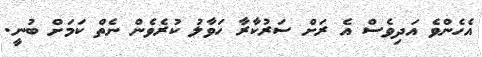
އެހެންވެ އަދިވެސް އެ ރަށް ސަރުކާރާ ހަވާލު ކުރެވެން ނެތް ކަމަށް ބުނީ.